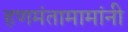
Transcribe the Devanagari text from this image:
हणमंतामामांनी